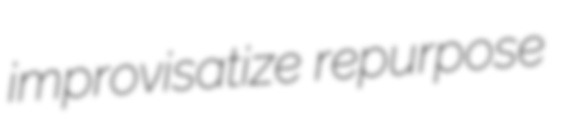
improvisatize repurpose